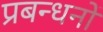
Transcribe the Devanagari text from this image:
प्रबन्धनाें